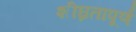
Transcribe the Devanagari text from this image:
शीघ्रतापूर्ण